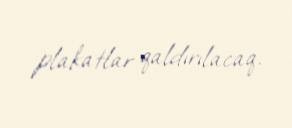
plakatlar qaldırılacaq.